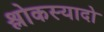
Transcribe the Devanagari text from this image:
श्लोकस्यादो